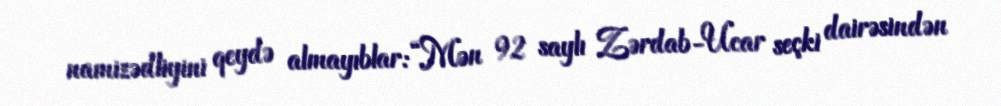
namizədliyini qeydə almayıblar: “Mən 92 saylı Zərdab-Ucar seçki dairəsindən